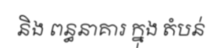
និង ពន្ធនាគារ ក្នុង តំបន់